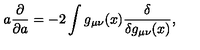
a { \frac { \partial } { \partial a } } = - 2 \int g _ { \mu \nu } ( x ) { \frac { \delta } { \delta g _ { \mu \nu } ( x ) } } ,